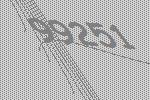
99251